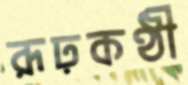
রূঢ়কণ্ঠী